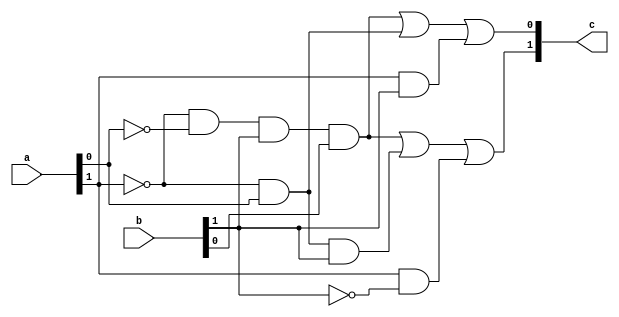
`timescale 1ns / 1ns
module source(c, a, b);

input wire [1:0] a; // 2 bit
input wire [1:0] b; // 2 bit
output wire [1:0] c; // 2 bit

wire pn;
wire qn;
wire rn;
wire sn;

wire pnqnrs;
wire pnqr;
wire prn;
wire pnq;
wire pr;

not(pn, a[1]);
not(qn, a[0]);
not(rn, b[1]);
not(sn, b[0]);

and(pnqnrs,pn,qn,b[1],b[0]);
and(pnqr,pn,a[0],b[1]);
and(prn,a[1],rn);
and(pnq,pn,a[0]);
and(pr,a[1],b[1]);

or(c[1],pnqnrs,pnqr,prn);
or(c[0],pnqnrs,pnq,pr);

endmodule